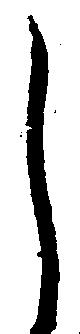
し